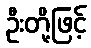
ဦးတို့ဖြင့်